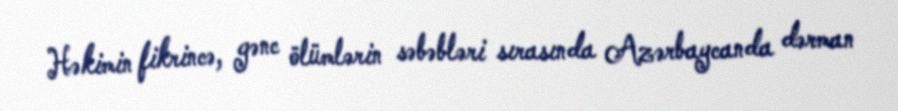
Həkimin fikrincə, gənc ölümlərin səbəbləri sırasında Azərbaycanda dərman